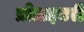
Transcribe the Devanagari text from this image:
प्रोप्राइटरी